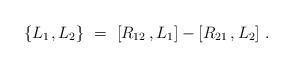
LaTeX: \begin{align*} \{ L_1 \>\! , L_2 \}~=~[R_{12}\,,L_1] - [R_{21}\,,L_2]~.\end{align*}